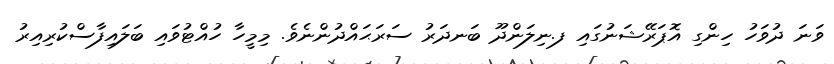
ވަނަ ދުވަހު ހިންގި އޮޕަރޭޝަނުގައި ފ.ނިލަންދޫ ބަނދަރު ސަރަޙައްދުންނެވެ. މިމީހާ ހުއްޓުވައި ބަލައިފާސްކުރިއިރު